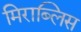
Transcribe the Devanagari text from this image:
मिराब्लिस